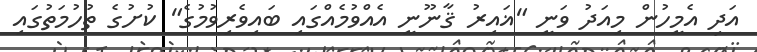
އަދި އެމީހުން މިއަދު ވަނީ "ޣައިރު ޤާނޫނީ އެއްވުމެއްގައި ބައިވެރިވުމުގެ" ކުށުގެ ތުހުމަތުގައި